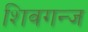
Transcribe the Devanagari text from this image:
शिवगन्ज